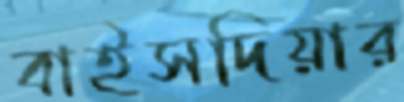
বাইসদিয়ার